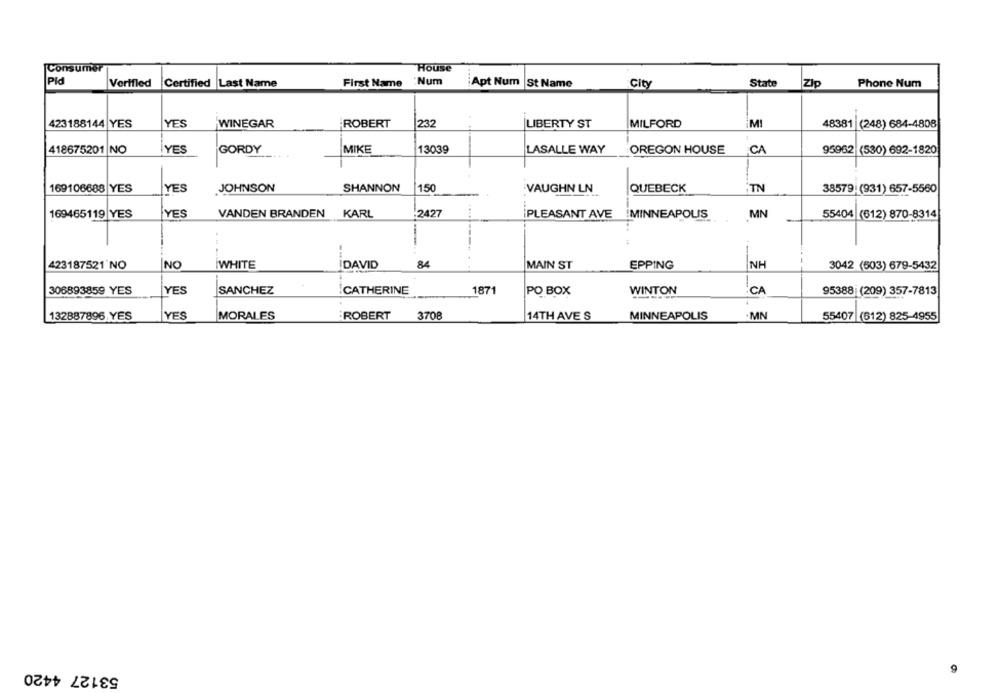
Consumer
House
Pid
First Name
Num
State
Verffled Certified Last Name
Apt Num |St Name
City
Zip
Phone Num
423188144 YES
YES
WINEGAR
ROBERT
232
LIBERTY ST
MILFORD
MI
48381 (248) 684-4808
418675201 NO
YES
GORDY
MIKE
13039
LASALLE WAY
OREGON HOUSE
CA
95962 (530) 692-1820
169106688 YES
YES
JOHNSON
SHANNON
150
VAUGHN LN
QUEBECK
'TN
38579 (931) 657-5560
169465119 YES
YES
VANDEN BRANDEN KARL
:2427
PLEASANT AVE MINNEAPOLIS
MN
55404 (612) 870-8314
NO
WHITE
84
423187521 NO
İDAVID
MAIN ST
EPPING
NH
3042 (503) 679-5432
-
306893859 YES
YES
SANCHEZ
.CATHERINE
187
PO BOX
WINTON
CA
95388 (209) 357-7813
132887896 YES
YES
MORALES
ROBERT
3708
14TH AVE S
MINNEAPOLIS
MN
55407 (612) 825-4955
53127 4420
9